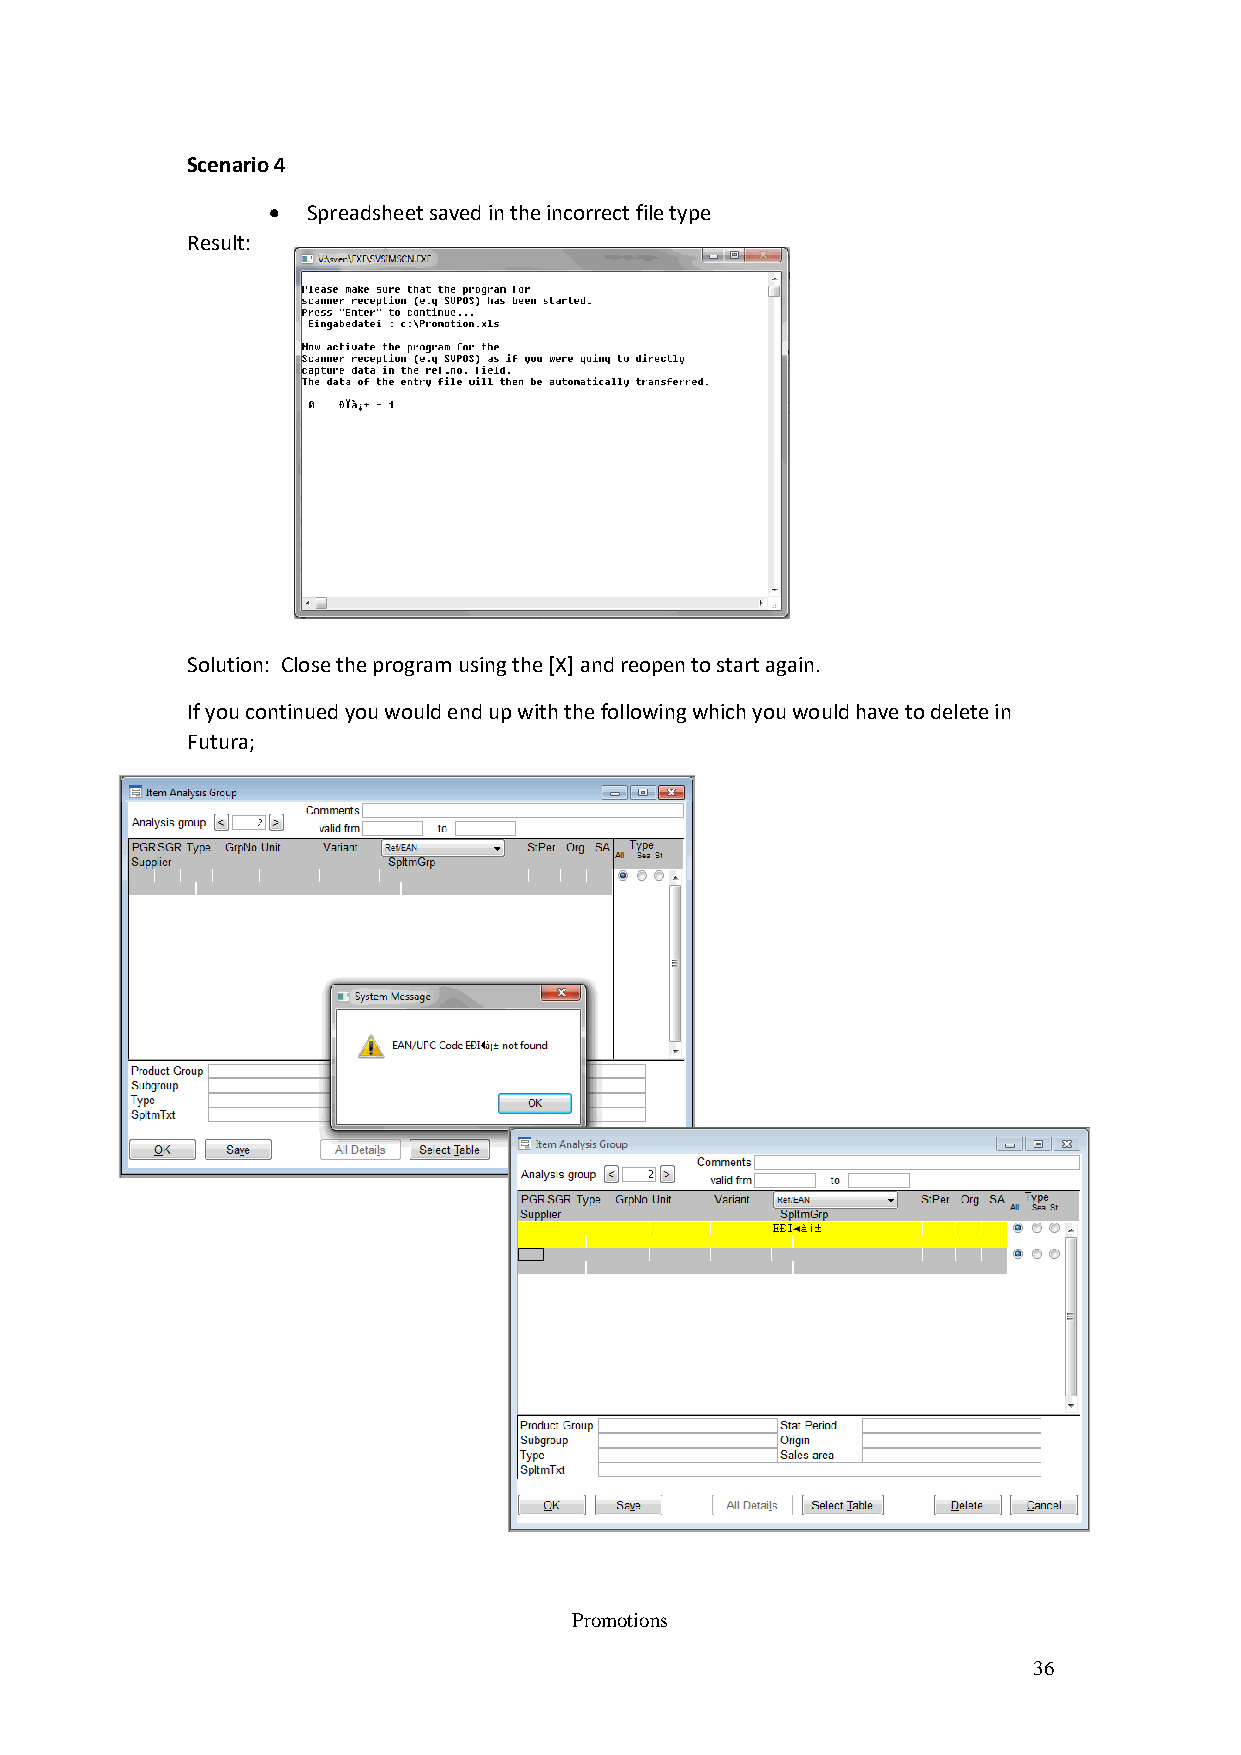
Scenario 4
  Spreadsheet saved in the incorrect file type
 Result:
 Solution: Close the program using the [X] and reopen to start again.
 If you continued you would end up with the following which you would have to delete in
 Futura;
 Promotions
 36